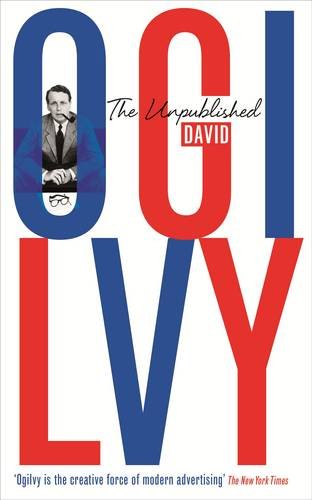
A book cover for The Unpublished David Ogilvy; David Ogilvy; Business & Money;